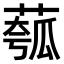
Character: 𫈻